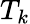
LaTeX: T_{k}